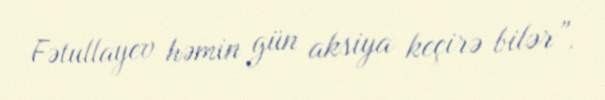
Fətullayev həmin gün aksiya keçirə bilər”.